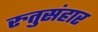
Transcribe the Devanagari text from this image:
रुतुसंहार